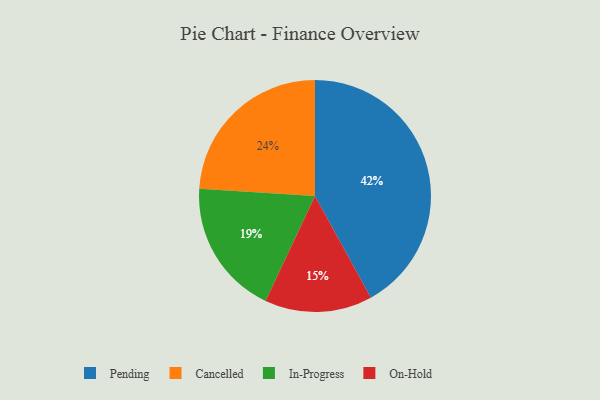
{"axis": {"x": "Category", "y": "Percentage"}, "legend": ["Cancelled", "In-Progress", "On-Hold", "Pending"], "data": [{"x": "In-Progress", "y": 19, "type": "In-Progress"}, {"x": "Pending", "y": 42, "type": "Pending"}, {"x": "Cancelled", "y": 24, "type": "Cancelled"}, {"x": "On-Hold", "y": 15, "type": "On-Hold"}]}